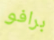
برافو